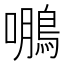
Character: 𮬹